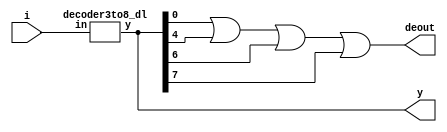
module expression(i, y, deout);
input [2:0] i;
output [7:0] y;
output deout;
decoder3to8_dl de(i, y);
assign deout=y[0]|y[4]|y[6]|y[7];
endmodule

module decoder3to8_dl(in, y);
input [2:0] in;
output [7:0] y;
decoder2to4_dl d1(in[1], in[0], in[2], y[7:4]);
decoder2to4_dl d2(in[1], in[0], ~in[2], y[3:0]);
endmodule

module decoder2to4_dl(i1, i0, en, y);
input i1, i0;
input en;
output [3:0] y;
assign y[0] = ~i1&~i0&en;
assign y[1] = ~i1&i0&en;
assign y[2] = i1&~i0&en;
assign y[3] = i1&i0&en;
endmodule

module expression_tb;
reg [2:0] in;
wire [7:0] out;
wire de_out;
expression d1(in, out, de_out);
initial
begin
    in=3'b000;
    $monitor("Time:%0t input=%2b output=%b", $time, in, de_out);
    #5 in=3'b001;
    #5 in=3'b010;
    #5 in=3'b011;
    #5 in=3'b100;
    #5 in=3'b101;
    #5 in=3'b110;
    #5 in=3'b111;
end
endmodule